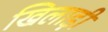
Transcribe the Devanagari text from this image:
खिलाड़ी